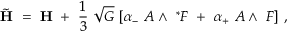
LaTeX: { \tilde { \bf H } } ~ = ~ { \bf H } ~ + ~ \frac 1 3 ~ \sqrt { G } ~ [ \alpha _ { - } ~ A \wedge ~ ^ { * } F ~ + ~ \alpha _ { + } ~ A \wedge ~ F ] ~ ,